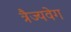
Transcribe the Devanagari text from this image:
त्रैज्यवेग